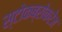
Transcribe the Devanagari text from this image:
स्टोकब्रोकरेज